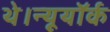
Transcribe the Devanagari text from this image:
थे।न्यूयॉर्क